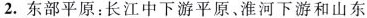
2.东部平原：长江中下游平原、淮河下游和山东